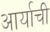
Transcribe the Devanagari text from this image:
आर्याची